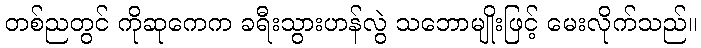
တစ်ညတွင် ကိုဆုကေက ခရီးသွားဟန်လွဲ သဘောမျိုးဖြင့် မေးလိုက်သည်။